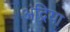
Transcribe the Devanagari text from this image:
अंद्रिया